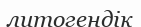
литогендік